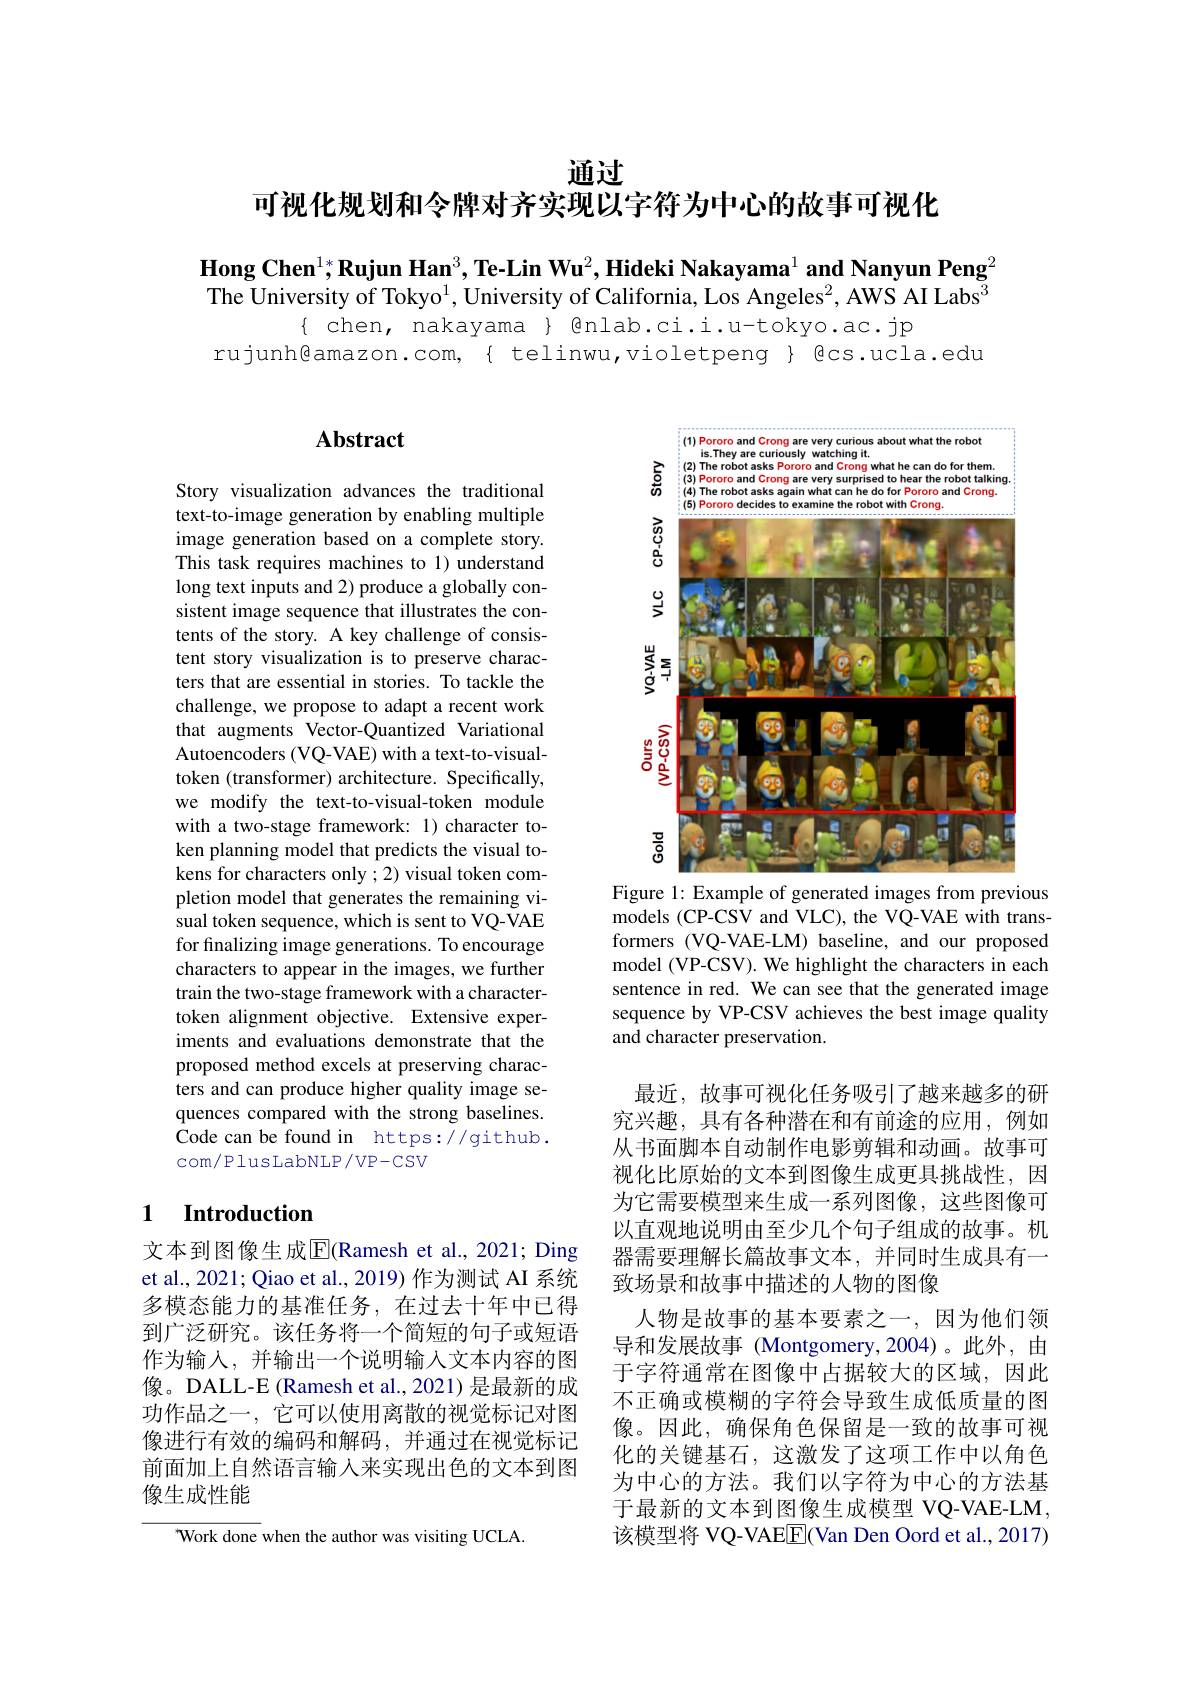
通过

可视化规划和令牌对齐实现以字符为中心的故事可视化

$\textbf{Hong Chen}^{1*},\textbf{Rujun Han}^{3},\textbf{Te-Lin Wu}^{2},\textbf{Hideki Nakayama}^{1}$and Nanyun Peng$^2$ The University of Tokyo$^1$, University of California, Los Angeles$^2$, AWS AI Labs$^3$
$\{$ chen, nakayama $\}$ @nlab.ci.i.u-tokyo.ac.jp
rujunh@amazon.com, { telinwu,violetpeng} { @cs.ucla.edu

## $\mathbf{Abstract}$

Story visualization advances the traditional text-to-image generation by enabling multiple image generation based on a complete story. This task requires machines to 1) understand long text inputs and 2) produce a globally consistent image sequence that illustrates the contents of the story. A key challenge of consistent story visualization is to preserve characters that are essential in stories. To tackle the challenge, we propose to adapt a recent work that augments Vector-Quantized Variational Autoencoders (VQ-VAE) with a text-to-visualtoken (transformer) architecture. Specifically, we modify the text-to-visual-token module with a two-stage framework: 1) character token planning model that predicts the visual tokens for characters only ;2) visual token completion model that generates the remaining visual token sequence, which is sent to VQ-VAE for finalizing image generations. To encourage characters to appear in the images, we further train the two-stage framework with a charactertoken alignment objective. Extensive experiments and evaluations demonstrate that the proposed method excels at preserving characters and can produce higher quality image sequences compared with the strong baselines. Code can be found in https://github. com/PlusLabNLP/VP-CSV

### 1 $\textbf{Introduction}$

文本到图像生成$\overline{\mathrm{E}}$(Ramesh et al., 2021; Ding et al., 2021; Qiao et al., 2019) 作为测试 AI 系统多模态能力的基准任务，在过去十年中已得到广泛研究。该任务将一个简短的句子或短语作为输入，并输出一个说明输入文本内容的图像。DALL-E (Ramesh et al., 2021) 是最新的成功作品之一，它可以使用离散的视觉标记对图像进行有效的编码和解码，并通过在视觉标记前面加上自然语言输入来实现出色的文本到图像生成性能

Work done when the author was visiting UCLA.

<FigureHere>
Figure 1: Example of generated images from previous

models (CP-CSV and VLC), the VQ-VAE with transformers (VQ-VAE-LM) baseline, and our proposed model (VP-CSV). We highlight the characters in each sentence in red. We can see that the generated image sequence by VP-CSV achieves the best image quality and character preservation

最近，故事可视化任务吸引了越来越多的研究兴趣，具有各种潜在和有前途的应用，例如从书面脚本自动制作电影剪辑和动画。故事可视化比原始的文本到图像生成更具挑战性，因为它需要模型来生成一系列图像，这些图像可以直观地说明由至少几个句子组成的故事。机器需要理解长篇故事文本，并同时生成具有一致场景和故事中描述的人物的图像
人物是故事的基本要素之一，因为他们领导和发展故事 (Montgomery,2004)。此外，由于字符通常在图像中占据较大的区域，因此不正确或模糊的字符会导致生成低质量的图像。因此，确保角色保留是一致的故事可视化的关键基石，这激发了这项工作中以角色为中心的方法。我们以字符为中心的方法基于最新的文本到图像生成模型 VQ-VAE-LM, 该模型将 VQ-VAEE(Van Den Oord et al., 2017)